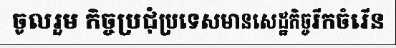
ចូលរួម កិច្ចប្រជុំប្រទេសមានសេដ្ឋកិច្ចរីកចំរើន